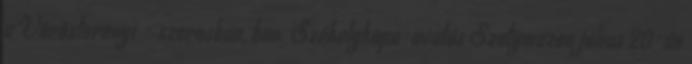
a Vöröstoronyi - szorosban, ban. Székelykapu-avatás Szatymazon július 20-án